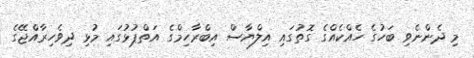
މި ދެންނެވި ބަހުގެ ހެއްކެއްގެ ގޮތުގައި އިލްޔާސް އިބްރާހިމްގެ އަތްޕުޅުގައި މުޅި ދިވެހިރާއްޖޭގެ